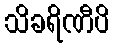
သိခရိဏီပိ